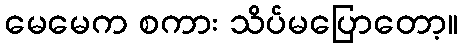
မေမေက စကား သိပ်မပြောတော့။